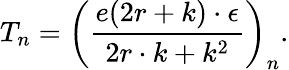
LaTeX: T_{n}=\left(\frac{e(2r+k)\cdot\epsilon}{2r\cdot k+k^{2}}\right)_{n}.